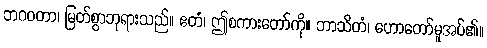
ဘဂဝတာ၊ မြတ်စွာဘုရားသည်။ ဧတံ၊ ဤစကားတော်ကို။ ဘာသိတံ၊ ဟောတော်မူအပ်၏။